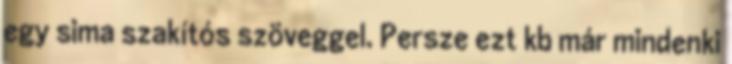
egy sima szakítós szöveggel. Persze ezt kb már mindenki